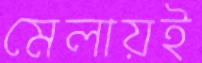
মেলায়ই